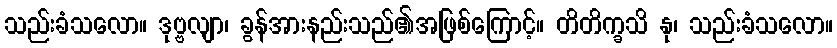
သည်းခံသလော။ ဒုဗ္ဗလျာ၊ ခွန်အားနည်းသည်၏အဖြစ်ကြောင့်။ တိတိက္ခသိ နု၊ သည်းခံသလော။